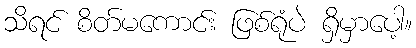
သိရင် စိတ်မကောင်း ဖြစ်ရုံပဲ ရှိမှာပေါ့။